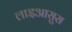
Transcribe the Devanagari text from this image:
लाइआसुस